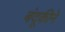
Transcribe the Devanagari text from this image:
बंदूकीने